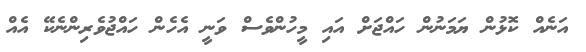
އަނެއް ކޮޅުން ޔަމަނުން ހައްޖަށް އައި މީހުންވެސް ވަނީ އެހެން ހައްޖުވެރިންނެކޭ އެއް